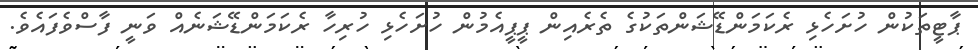
ޕާޓީތަކުން ހުށަހެޅި ރެކަމަންޑޭޝަންތަކުގެ ތެރެއިން ޕީޕީއެމުން ހުށަހެޅި ހުރިހާ ރެކަމަންޑޭޝަނެއް ވަނީ ފާސްވެފައެވެ.